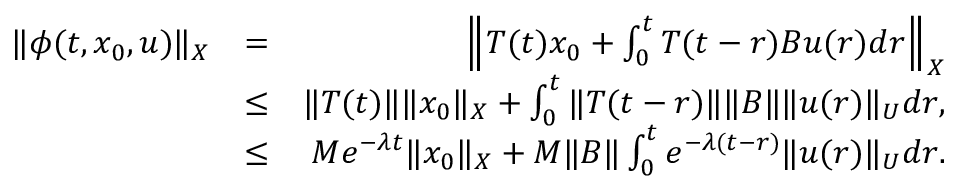
\begin{array} { r l r } { \| \phi ( t , x _ { 0 } , u ) \| _ { X } } & { = } & { \Big \| T ( t ) x _ { 0 } + \int _ { 0 } ^ { t } { T ( t - r ) B u ( r ) d r } \Big \| _ { X } } \\ & { \leq } & { \| T ( t ) \| \| x _ { 0 } \| _ { X } + \int _ { 0 } ^ { t } { \| T ( t - r ) \| \| B \| \| u ( r ) \| _ { U } d r } , } \\ & { \leq } & { M e ^ { - \lambda t } \| x _ { 0 } \| _ { X } + M \| B \| \int _ { 0 } ^ { t } { e ^ { - \lambda ( t - r ) } \| u ( r ) \| _ { U } d r } . } \end{array}